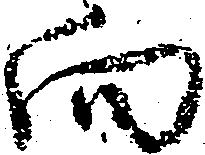
向